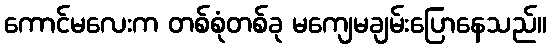
ကောင်မလေးက တစ်စုံတစ်ခု မကျေမချမ်းပြောနေသည်။